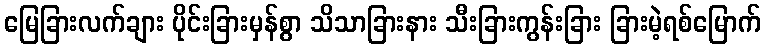
မြေခြားလက်ချား ပိုင်းခြားမှန်စွာ သိသာခြားနား သီးခြားကွန်းခြား ခြားမဲ့ရစ်မြောက်